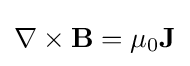
\mathbf {\nabla } \times \mathbf {B} =\mu _{0}\mathbf {J}